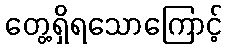
တွေ့ရှိရသောကြောင့်